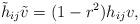
LaTeX: \begin{align*}\tilde{h}_{ij} \tilde{v} = (1-r^2) h_{ij} v,\end{align*}